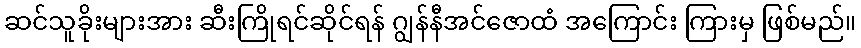
ဆင်သူခိုးများအား ဆီးကြိုရင်ဆိုင်ရန် ဂျွန်နီအင်ဇောထံ အကြောင်း ကြားမှ ဖြစ်မည်။